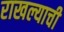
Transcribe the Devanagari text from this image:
राखल्याची